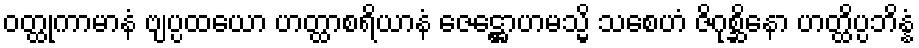
ဝတ္ထုကာမာနံ ဗျပ္ပထယော ဟတ္ထာစရိယာနံ ဇေဋ္ဌောဟမသ္မိ သစေဟံ ဇိဂုစ္ဆိနော ဟတ္ထိပ္ပဘိန္နံ